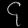
Digit: ၄